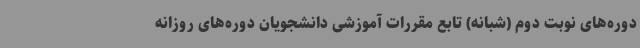
دوره‌های نوبت دوم (شبانه) تابع مقررات آموزشی دانشجویان دوره‌های روزانه